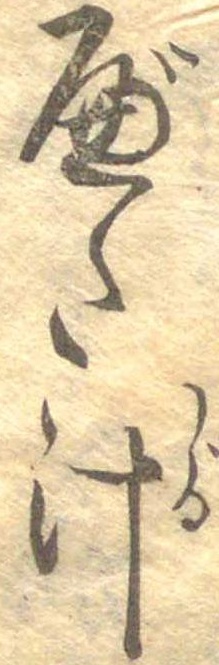
べた汁